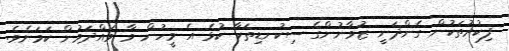
ފިކުރުތަކުން ގެންދަނީ ޒުވާނުންގެ ސިކުނޑިތަކާ ކުޅެ އެ މީހުން ވާ ވައްދަމުން ކަމަށެވެ.